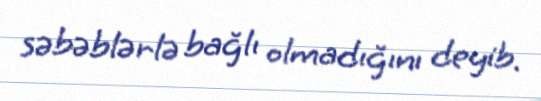
səbəblərlə bağlı olmadığını deyib.